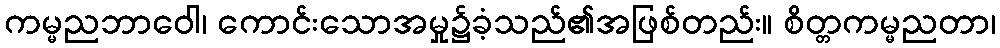
ကမ္မညဘာဝေါ၊ ကောင်းသောအမှု၌ခံ့သည်၏အဖြစ်တည်း။ စိတ္တကမ္မညတာ၊